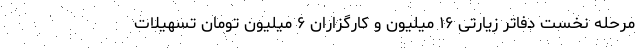
مرحله نخست دفاتر زیارتی ۱۶ میلیون و کارگزاران ۶ میلیون تومان تسهیلات